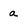
Character: a